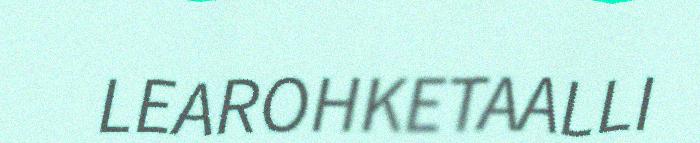
LEAROHKETAALLI